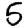
Digit: 5